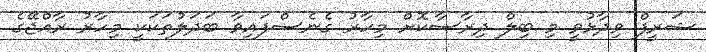
ޝަރީފް ވިދާޅުވީ މި ބިލް ދިރާސާކޮށް މިހާރު ގެނެސްފައިވާ ބަދަލުތަކަކީ މިހާރު ރާއްޖޭގެ